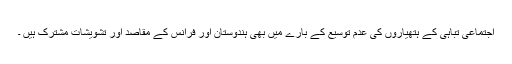
اجتماعی تباہی کے ہتھیاروں کی عدم توسیع کے بارے میں بھی ہندوستان اور فرانس کے مقاصد اور تشویشات مشترک ہیں ۔